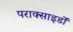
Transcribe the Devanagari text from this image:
पराक्साइडों